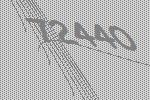
72440